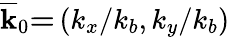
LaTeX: \overline{{\mathbf{k}}}_{0}\mathbf{=}\left(k_{x}/k_{b},k_{y}/k_{b}\right)